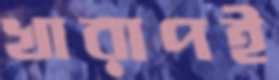
খারাপই